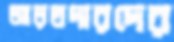
আড়তদারদের